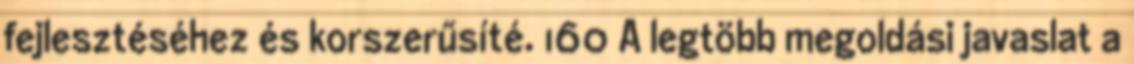
fejlesztéséhez és korszerűsíté. 160 A legtöbb megoldási javaslat a